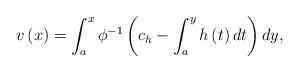
LaTeX: \begin{align*}v\left( x\right) =\int_{a}^{x}\phi^{-1}\left( c_{h}-\int_{a}^{y}h\left(t\right) dt\right) dy, \end{align*}